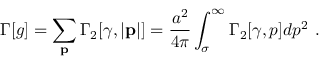
\Gamma [ g ] = \sum _ { \bf p } \Gamma _ { 2 } [ \gamma , | { \bf p } | ] = { \frac { a ^ { 2 } } { 4 \pi } } \int _ { \sigma } ^ { \infty } \Gamma _ { 2 } [ \gamma , p ] d p ^ { 2 } ~ .